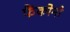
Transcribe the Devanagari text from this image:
फैंकोनी